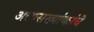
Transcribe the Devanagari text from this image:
अल्पसख्यांकांचे